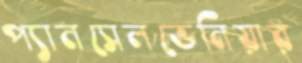
প্যানসেলভেনিয়ার